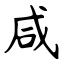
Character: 咸